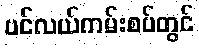
ပင်လယ်ကမ်းစပ်တွင်